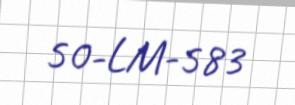
50-LM-583